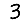
Digit: 3